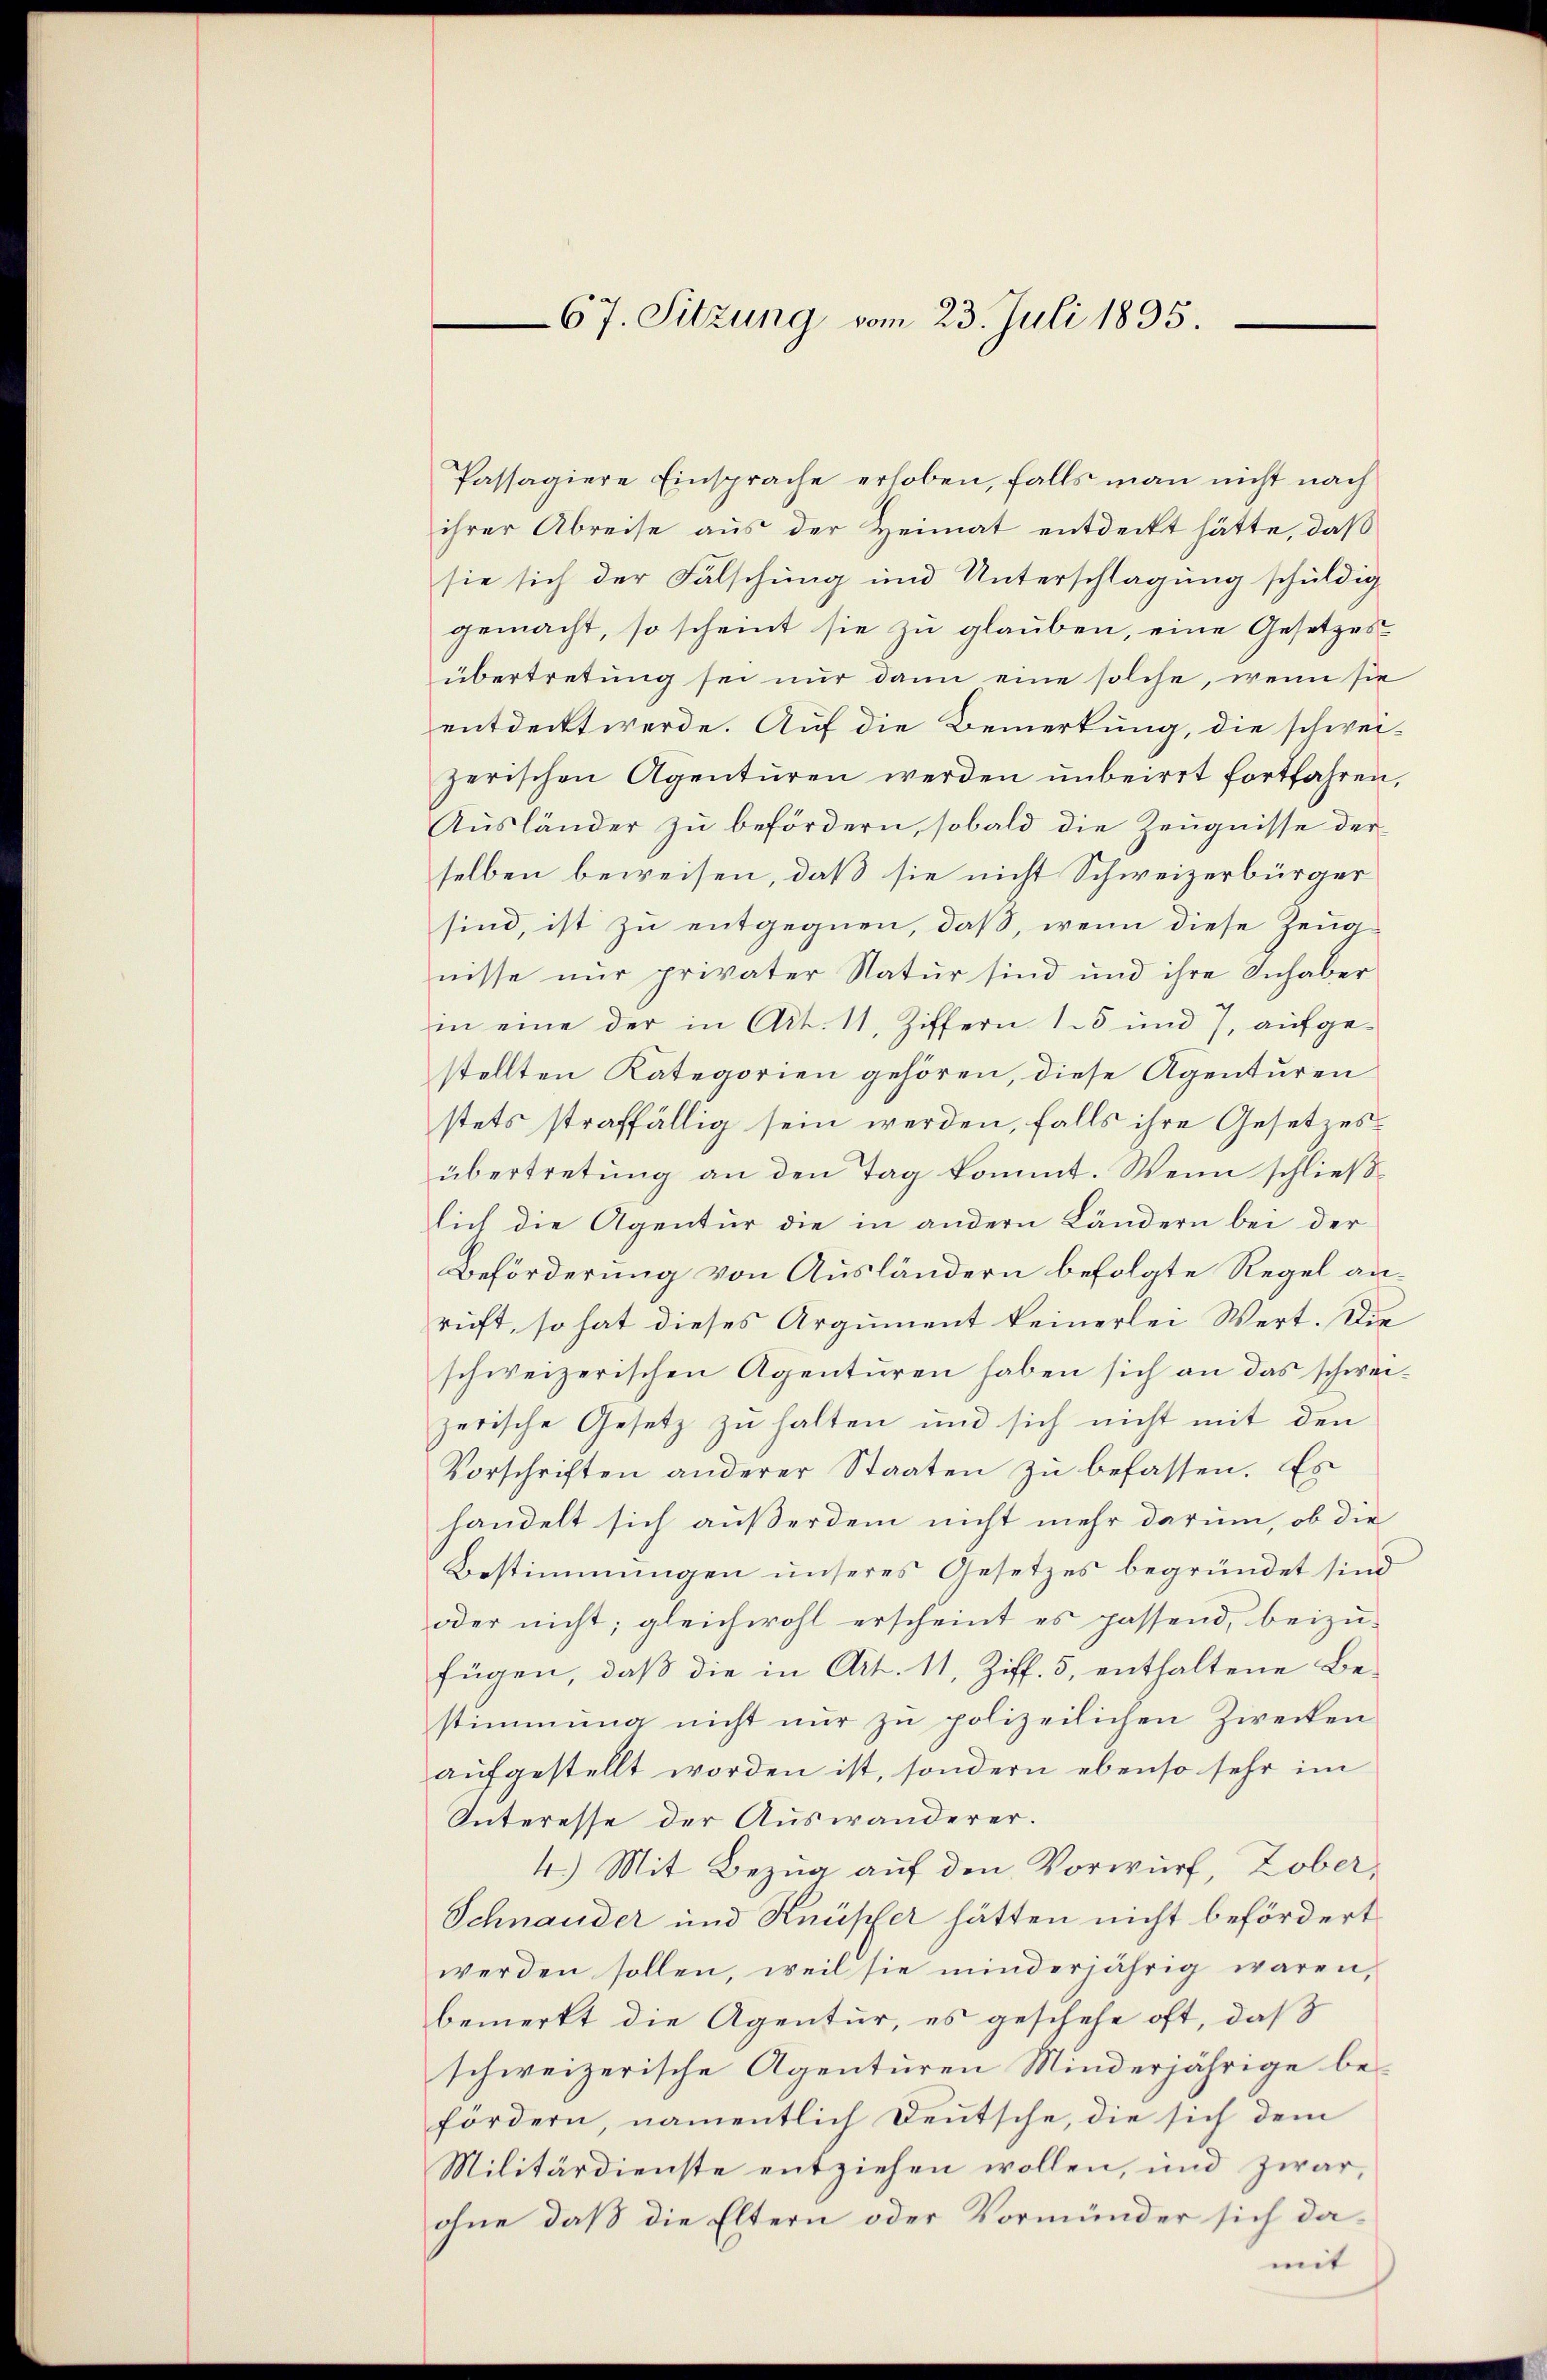
67. Sitzung vom 23. Juli 1895.

Passagiere Einsprache erhoben, falls man nicht nach
ihrer Abreise aus der Heimat entdeckt hätte, daß
sie sich der Fälschung und Unterschlagung schuldig
gemacht, so scheint sie zu glauben, eine Gesetzes
übertretung sei nur dann eine solche, wenn sie
entdeckt werde. Auf die Bemerkung, die schwei-
zerischen Agentŭren werden ŭnbeirrt fortfahren,
Ausländer zu befördern, sobald die Zeugnisse der
selben beweisen, daß sie nicht Schweizerbürger
sind, ist zu entgegnen, daß, wenn diese Zeug-
nisse nur privater Natur sind und ihre Inhaber
in eine der in Art. 11, Ziffern 15 und 7, aufge-
stellten Kategorien gehören, diese Agenturen
stets straffällig sein werden, falls ihre Gesetzesübertretung an den Tag kommt. Wenn schließlich die Agentur die in andern Ländern bei der
Beförderung von Ausländern befolgte Regel anrift, so hat dieses Argument keinerlei Wert. Die
schweizerischen Agenturen haben sich an das schweizerische Gesetz zu halten und sich nicht mit den
Vorschriften anderer Staaten zu befassen. Es
handelt sich außerdem nicht mehr darum, ob die
Bestimmungen unseres Gesetzes begründet sind
oder nicht; gleichwohl erscheint es passend, beizu-
fügen, daß die in Art. 11, Ziff. 5, enthaltene Bestimmung nicht nur zu polizeilichen Zwecken
aŭfgestellt worden ist, sondern ebenso sehr im
Interesse der Auswanderer.
4.) Mit Bezug auf den Vorwurf, Zober¬
Schnauder und Knüpfer hätten nicht befördert
werden sollen, weil sie minderjährig waren,
bemerkt die Agentur, es geschehe oft, daß
schweizerische Agenturen Minderjährige befördern, namentlich Deutsche, die sich dem
Militärdienste entziehen wollen, und zwar,
ohne daß die Eltern oder Vormünder sich damit